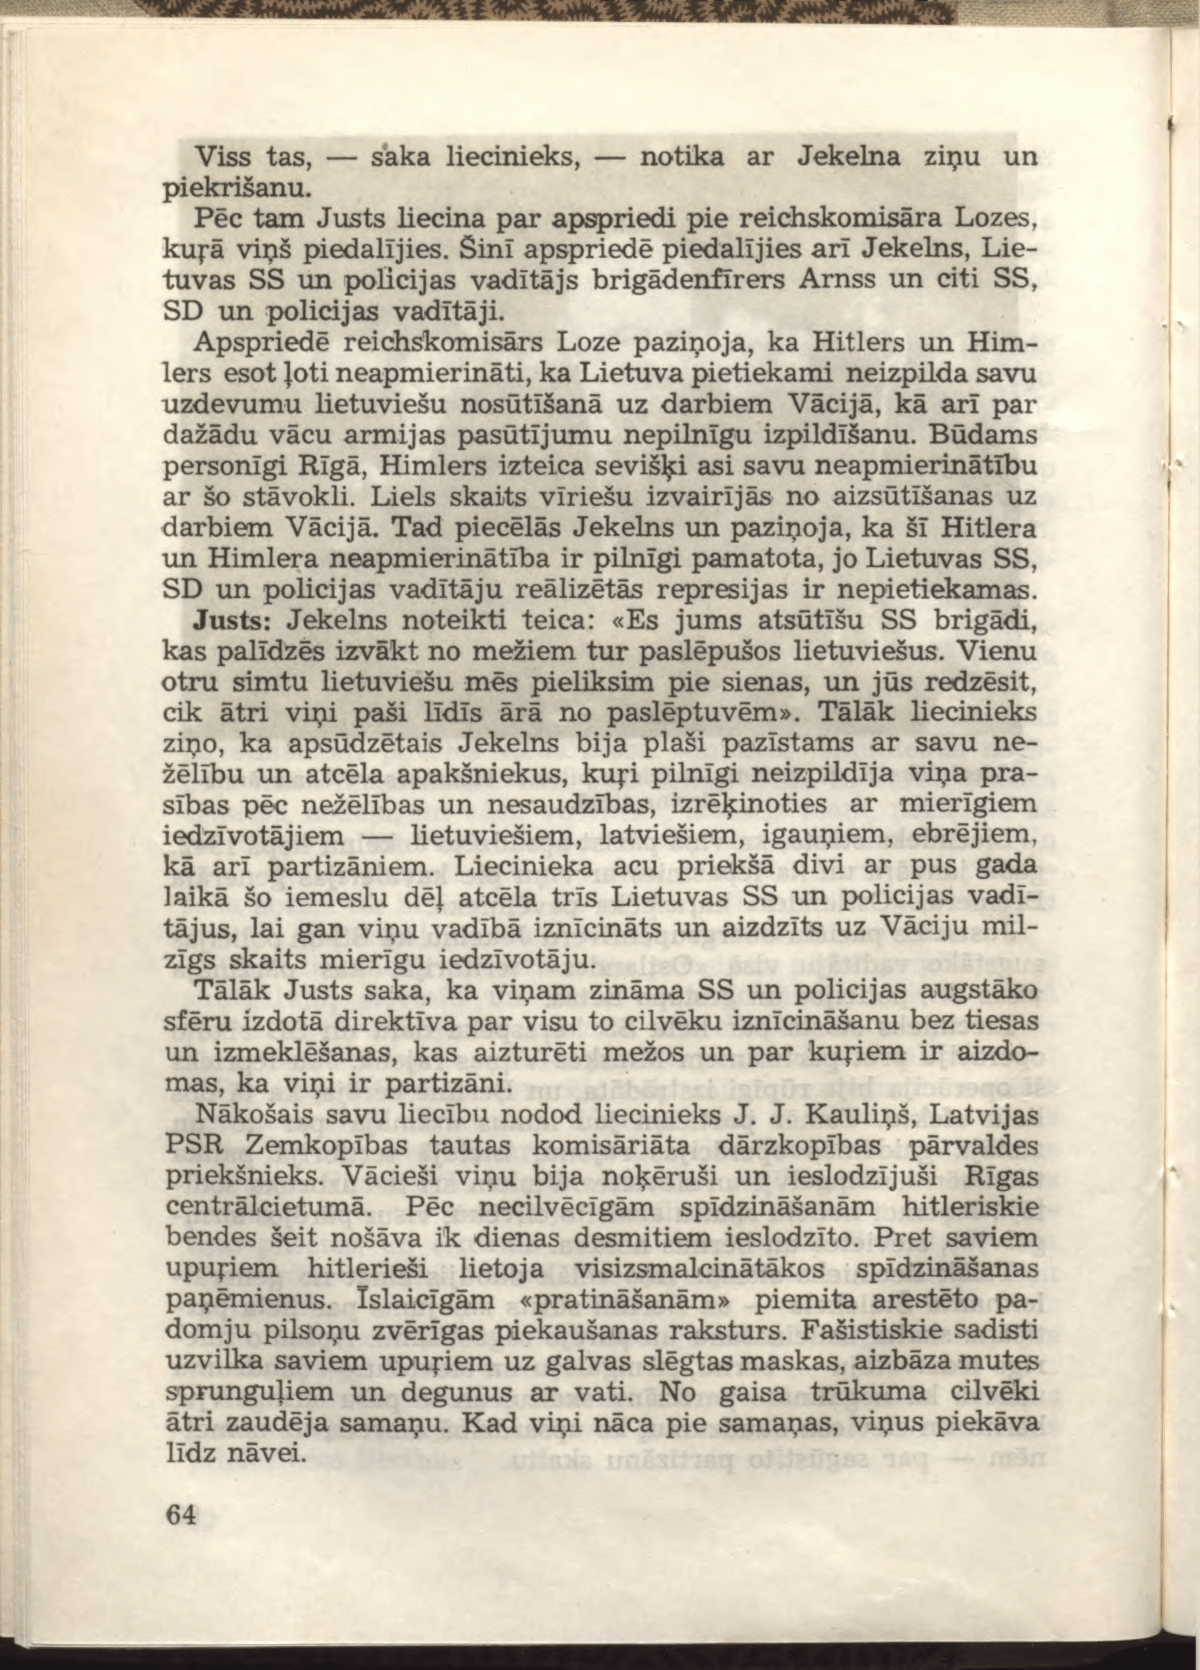
Language: lv